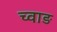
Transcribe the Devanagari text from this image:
च्वाङ